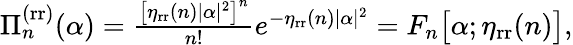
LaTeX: \begin{array}{r}{\Pi_{n}^{\mathrm{(rr)}}(\alpha)=\frac{\left[\eta_{\mathrm{rr}}(n)|\alpha|^{2}\right]^{n}}{n!}e^{-\eta_{\mathrm{rr}}(n)|\alpha|^{2}}=F_{n}\big[\alpha;\eta_{\mathrm{rr}}(n)\big],}\end{array}